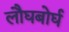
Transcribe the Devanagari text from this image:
लौघबोर्घ